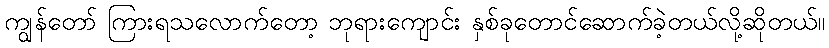
ကျွန်တော် ကြားရသလောက်တော့ ဘုရားကျောင်း နှစ်ခုတောင်ဆောက်ခဲ့တယ်လို့ဆိုတယ်။